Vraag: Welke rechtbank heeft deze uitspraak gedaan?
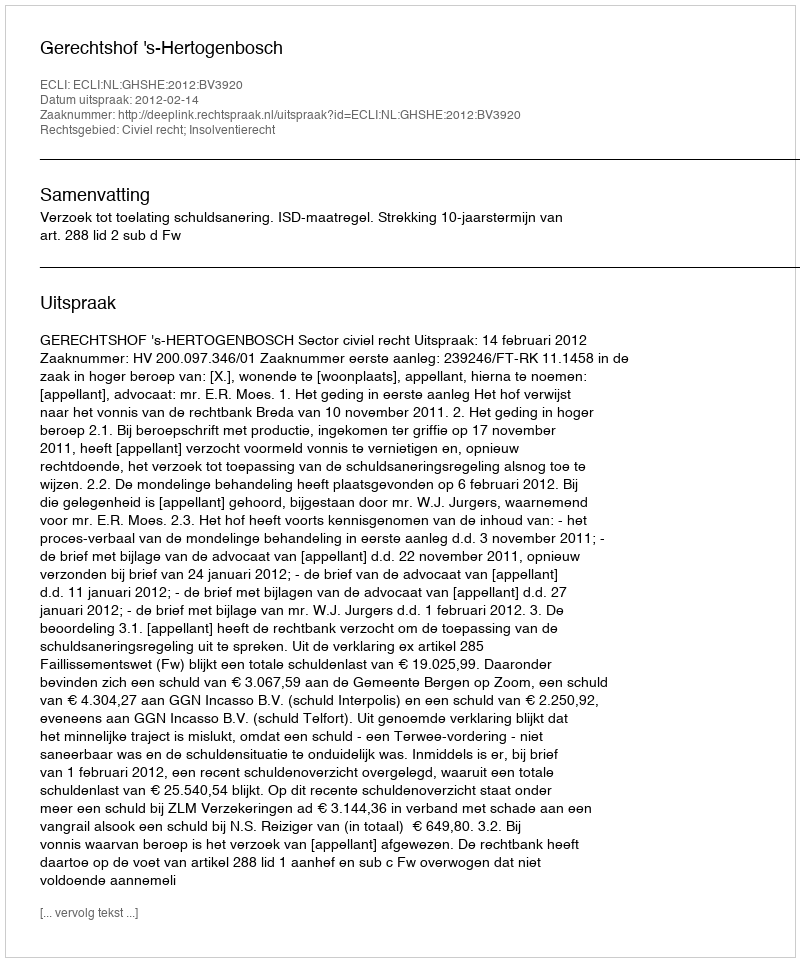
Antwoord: Gerechtshof 's-Hertogenbosch